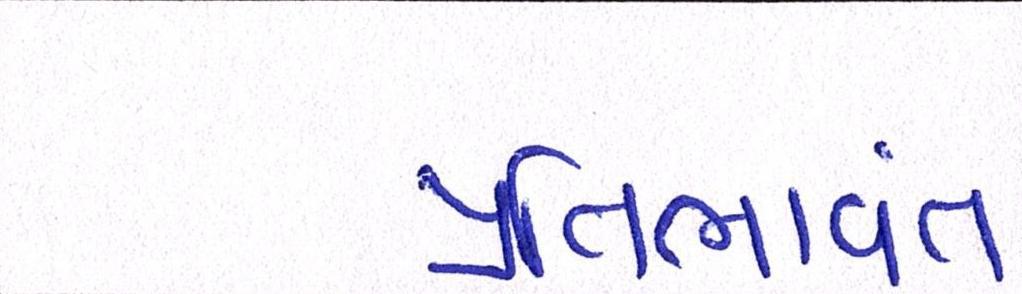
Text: પ્રતિભાવંત